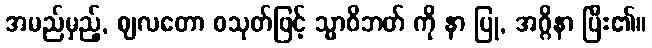
အမည်မှည့်, ဈလတော စသုတ်ဖြင့် သ္မာဝိဘတ် ကို နာ ပြု, အဂ္ဂိနာ ပြီး၏။